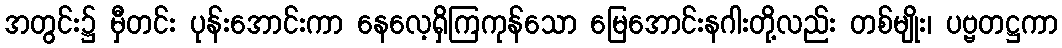
အတွင်း၌ မှီတင်း ပုန်းအောင်းကာ နေလေ့ရှိကြကုန်သော မြေအောင်းနဂါးတို့လည်း တစ်မျိုး၊ ပဗ္ဗတဋ္ဌကာ